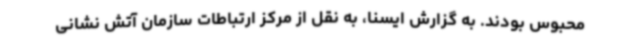
محبوس بودند. به گزارش ایسنا، به نقل از مرکز ارتباطات سازمان آتش نشانی